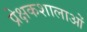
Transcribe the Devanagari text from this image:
प्रेक्षकशालाओं